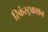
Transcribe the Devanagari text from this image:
रिकंस्ट्रकशन